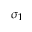
\sigma _ { 1 }